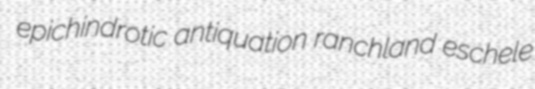
epichindrotic antiquation ranchland eschele